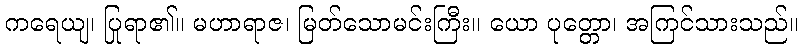
ကရေယျ၊ ပြုရာ၏။ မဟာရာဇ၊ မြတ်သောမင်းကြီး။ ယော ပုတ္တော၊ အကြင်သားသည်။